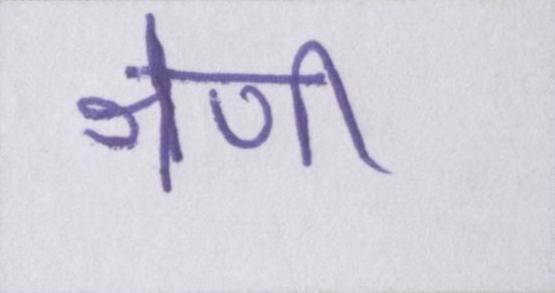
श्रेणी